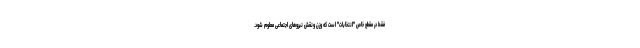
فقط در مقطع خاص "انتخابات" است که وزن ونقش نیروهای اجتماعی معلوم شود.